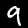
Label: 9